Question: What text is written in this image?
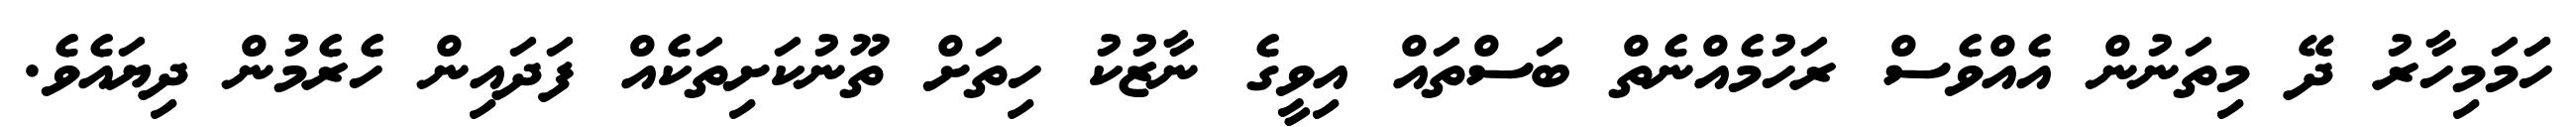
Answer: ހަަމަމިހާރު ދޭ މިތަނުން އެއްވެސް ރަހުމެއްނެތް ބަސްތައް އިވީގެ ނާޒުކު ހިތަށް ތޫނުކަށިތަކެއް ފަދައިން ހެރެމުން ދިޔައެވެ.